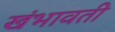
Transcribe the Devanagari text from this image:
खंभावती